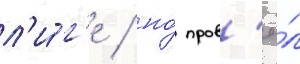
л'и́г'е / но́ пров'ё́л